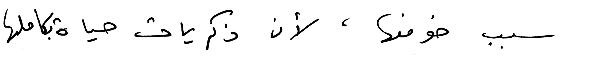
سبب خوفها، لأن ذكريات حياة بكاملها